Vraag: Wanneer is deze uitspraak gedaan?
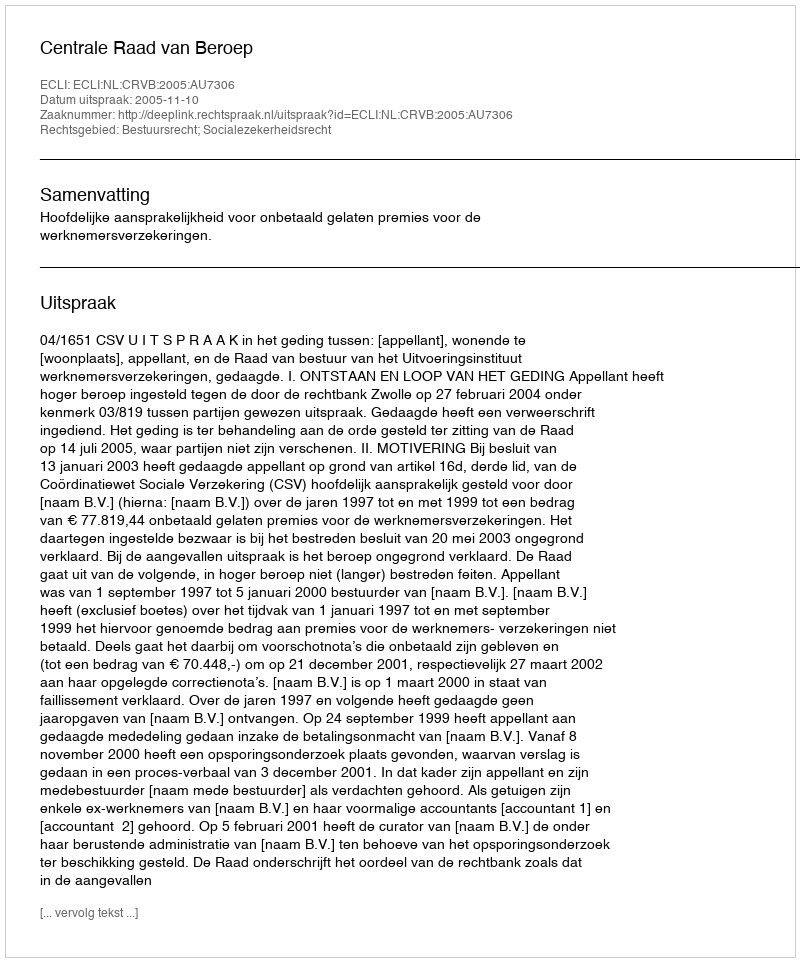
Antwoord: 2005-11-10